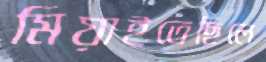
মিয়াইতেছিলে